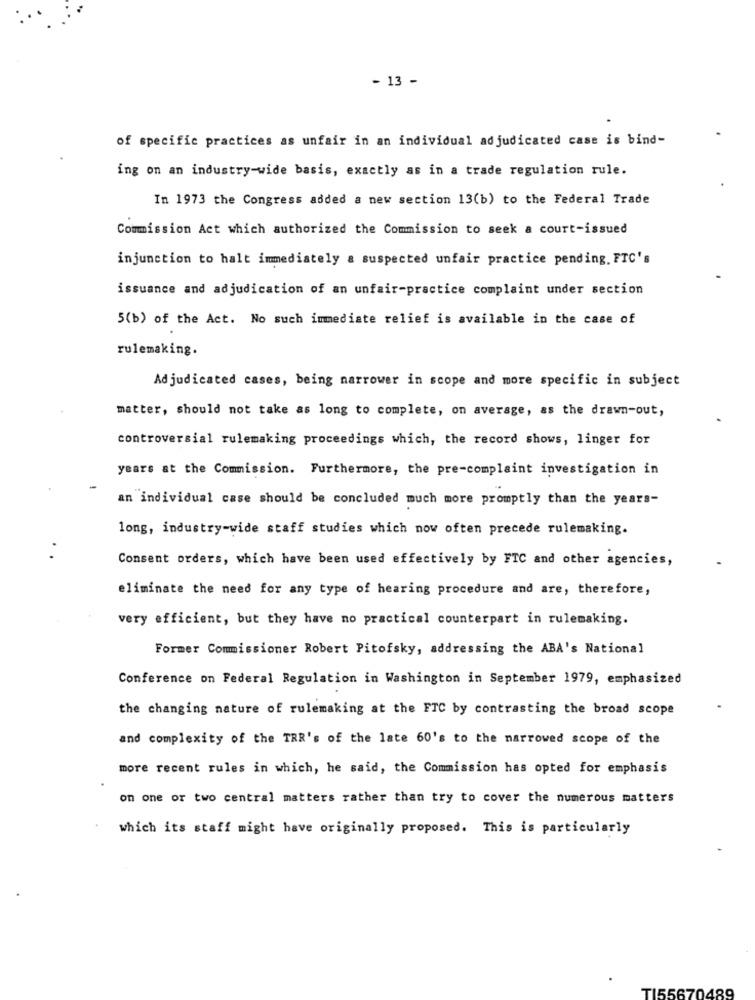
- 13 -
of specific practices as unfair in an individual adjudicated case is bind-
ing on an industry-wide basis, exactly as in a trade regulation rule.
In 1973 the Congress added a new section 13(b) to the Federal Trade
Commission Act which authorized the Commission to seek a court-issued
injunction to halt immediately a suspected unfair practice pending. FTC's
issuance and adjudication of an unfair-practice complaint under section
5(b) of the Act. No such immediate relief is available in the case of
rulemaking.
Adjudicated cases, being narrower in scope and more specific in subject
matter, should not take as long to complete, on average, as the drawn-out,
controversial rulemaking proceedings which, the record shows, linger for
years at the Commission. Furthermore, the pre-complaint investigation in
an individual case should be concluded much more promptly than the years-
long, industry-wide staff studies which now often precede rulemaking.
Consent orders, which have been used effectively by FTC and other agencies,
eliminate the need for any type of hearing procedure and are, therefore,
very efficient, but they have no practical counterpart in rulemaking.
Former Commissioner Robert Pitofsky, addressing the ABA's National
Conference on Federal Regulation in Washington in September 1979, emphasized
the changing nature of rulemaking at the FTC by contrasting the broad scope
and complexity of the TRR's of the late 60's to the narrowed scope of the
more recent rules in which, he said, the Commission has opted for emphasis
on one or two central matters rather than try to cover the numerous matters
which its staff might have originally proposed. This is particularly
TI55670489